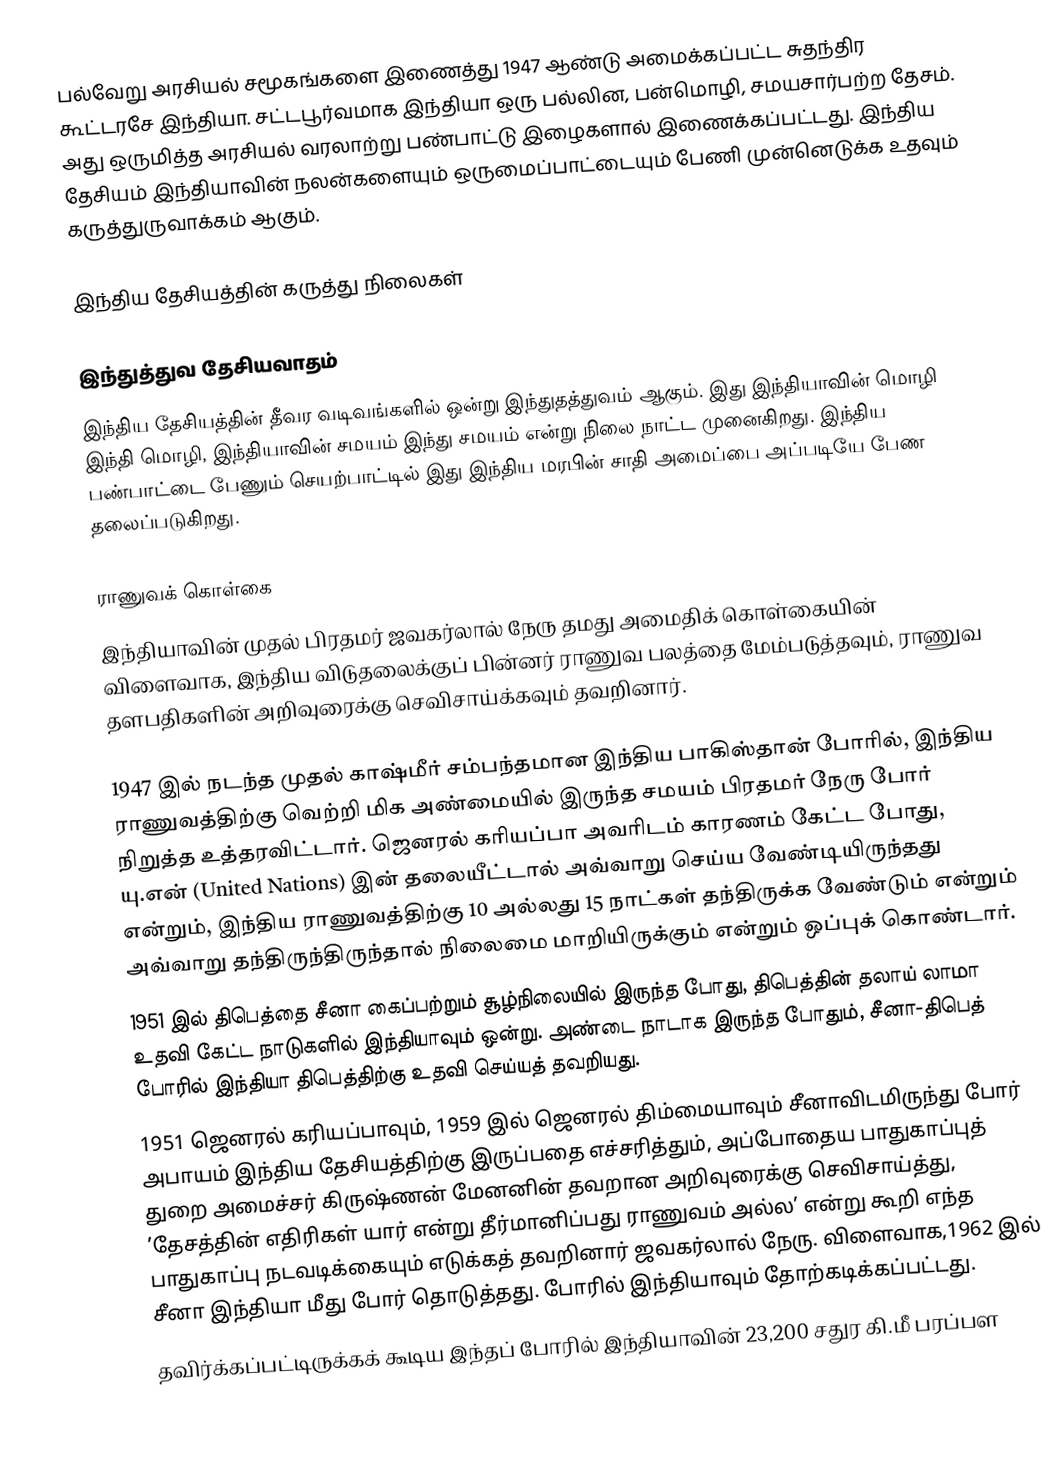
பல்வேறு அரசியல் சமூகங்களை இணைத்து 1947 ஆண்டு அமைக்கப்பட்ட சுதந்திர கூட்டரசே இந்தியா.  சட்டபூர்வமாக இந்தியா ஒரு பல்லின, பன்மொழி, சமயசார்பற்ற தேசம்.  அது ஒருமித்த அரசியல் வரலாற்று பண்பாட்டு இழைகளால் இணைக்கப்பட்டது.  இந்திய தேசியம் இந்தியாவின் நலன்களையும் ஒருமைப்பாட்டையும் பேணி முன்னெடுக்க உதவும் கருத்துருவாக்கம் ஆகும்.

இந்திய தேசியத்தின் கருத்து நிலைகள்

இந்துத்துவ தேசியவாதம்
இந்திய தேசியத்தின் தீவர வடிவங்களில் ஒன்று இந்துதத்துவம் ஆகும்.  இது இந்தியாவின் மொழி இந்தி மொழி, இந்தியாவின் சமயம் இந்து சமயம் என்று நிலை நாட்ட முனைகிறது.  இந்திய பண்பாட்டை பேணும் செயற்பாட்டில் இது இந்திய மரபின் சாதி அமைப்பை அப்படியே பேண தலைப்படுகிறது.

ராணுவக் கொள்கை
இந்தியாவின் முதல் பிரதமர் ஜவகர்லால் நேரு தமது அமைதிக் கொள்கையின் விளைவாக, இந்திய விடுதலைக்குப் பின்னர் ராணுவ பலத்தை மேம்படுத்தவும், ராணுவ தளபதிகளின் அறிவுரைக்கு செவிசாய்க்கவும் தவறினார்.

 1947 இல் நடந்த முதல் காஷ்மீர் சம்பந்தமான இந்திய பாகிஸ்தான் போரில், இந்திய ராணுவத்திற்கு வெற்றி மிக அண்மையில் இருந்த சமயம் பிரதமர் நேரு போர் நிறுத்த உத்தரவிட்டார். ஜெனரல் கரியப்பா அவரிடம் காரணம் கேட்ட போது, யு.என் (United Nations) இன் தலையீட்டால் அவ்வாறு செய்ய வேண்டியிருந்தது என்றும், இந்திய ராணுவத்திற்கு 10 அல்லது 15 நாட்கள் தந்திருக்க வேண்டும் என்றும் அவ்வாறு தந்திருந்திருந்தால் நிலைமை மாறியிருக்கும் என்றும் ஒப்புக் கொண்டார்.
 1951 இல் திபெத்தை சீனா கைப்பற்றும் சூழ்நிலையில் இருந்த போது, திபெத்தின் தலாய் லாமா உதவி கேட்ட நாடுகளில் இந்தியாவும் ஒன்று. அண்டை நாடாக இருந்த போதும், சீனா-திபெத் போரில் இந்தியா திபெத்திற்கு உதவி செய்யத் தவறியது.
 1951 ஜெனரல் கரியப்பாவும், 1959 இல் ஜெனரல் திம்மையாவும் சீனாவிடமிருந்து போர் அபாயம் இந்திய தேசியத்திற்கு இருப்பதை எச்சரித்தும், அப்போதைய பாதுகாப்புத் துறை அமைச்சர் கிருஷ்ணன் மேனனின் தவறான அறிவுரைக்கு செவிசாய்த்து, ’தேசத்தின் எதிரிகள் யார் என்று தீர்மானிப்பது ராணுவம் அல்ல’ என்று கூறி எந்த பாதுகாப்பு நடவடிக்கையும் எடுக்கத் தவறினார் ஜவகர்லால் நேரு. விளைவாக,1962 இல் சீனா இந்தியா மீது போர் தொடுத்தது. போரில் இந்தியாவும் தோற்கடிக்கப்பட்டது.
தவிர்க்கப்பட்டிருக்கக் கூடிய இந்தப் போரில் இந்தியாவின் 23,200 சதுர கி.மீ பரப்பள